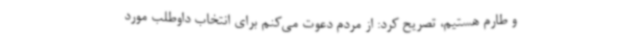
و طارم هستیم، تصریح کرد: از مردم دعوت می‌کنم برای انتخاب داوطلب مورد